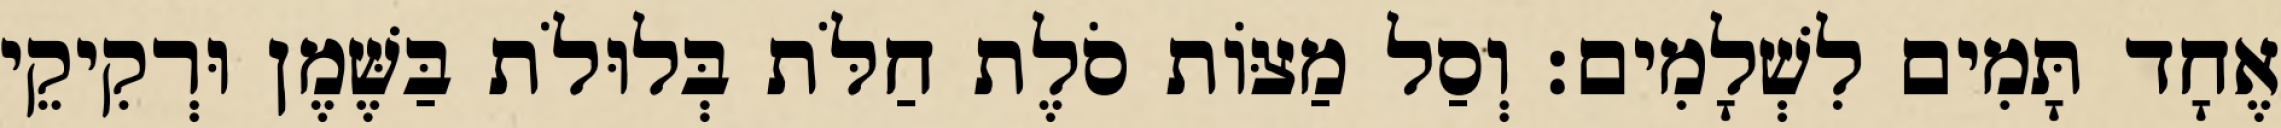
אֶחָד תָּמִים לִשְׁלָמִים׃ וְסַל מַצּוֹת סֹלֶת חַלֹּת בְּלוּלֹת בַּשֶּׁמֶן וּרְקִיקֵי